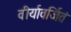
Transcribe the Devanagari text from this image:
वीर्यावर्जितं